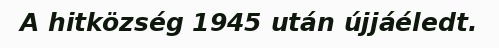
A hitközség 1945 után újjáéledt.